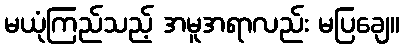
မယုံကြည်သည့် အမူအရာလည်း မပြချေ။